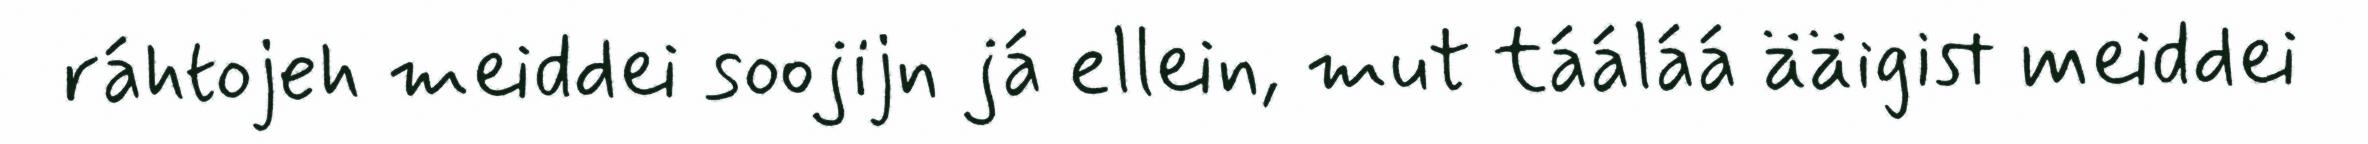
ráhtojeh meiddei soojijn já ellein, mut tááláá ääigist meiddei